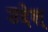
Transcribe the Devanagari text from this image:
उद्देश्